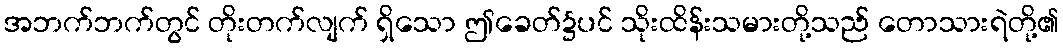
အဘက်ဘက်တွင် တိုးတက်လျက် ရှိသော ဤခေတ်၌ပင် သိုးထိန်းသမားတို့သည် တောသားရဲတို့၏